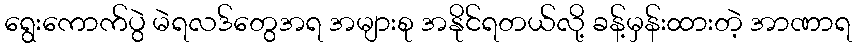
ရွေးကောက်ပွဲ မဲရလဒ်တွေအရ အများစု အနိုင်ရတယ်လို့ ခန့်မှန်းထားတဲ့ အာဏာရ